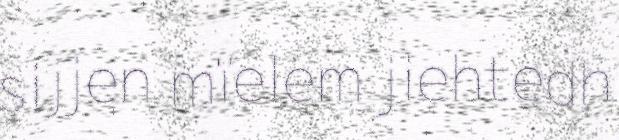
sijjen mïelem jiehtedh